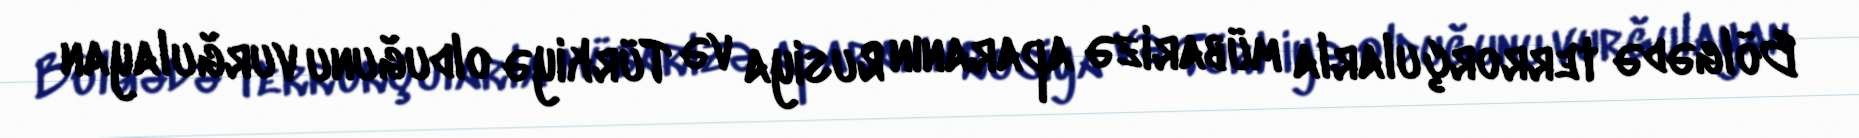
Bölgədə terrorçularla mübarizə aparanın Rusiya və Türkiyə olduğunu vurğulayan